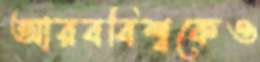
আরববিশ্বকেও